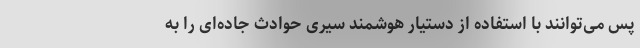
پس می‌توانند با استفاده از دستیار هوشمند سیری حوادث جاده‌ای را به